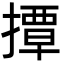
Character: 撢